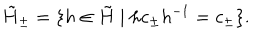
\tilde { H } _ { \pm } = \{ h \in \tilde { H } \mid h c _ { \pm } h ^ { - 1 } = c _ { \pm } \} .